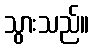
သွားသည်။